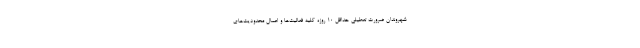
شهروندان ضرورت تعطیلی حداقل ۱۰ روزه کلیه فعالیت‌ها و اعمال محدودیت‌های